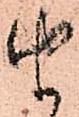
由